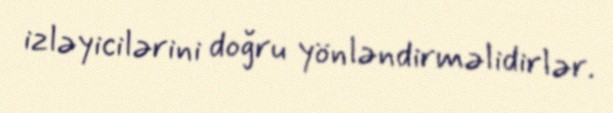
izləyicilərini doğru yönləndirməlidirlər.